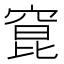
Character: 窤